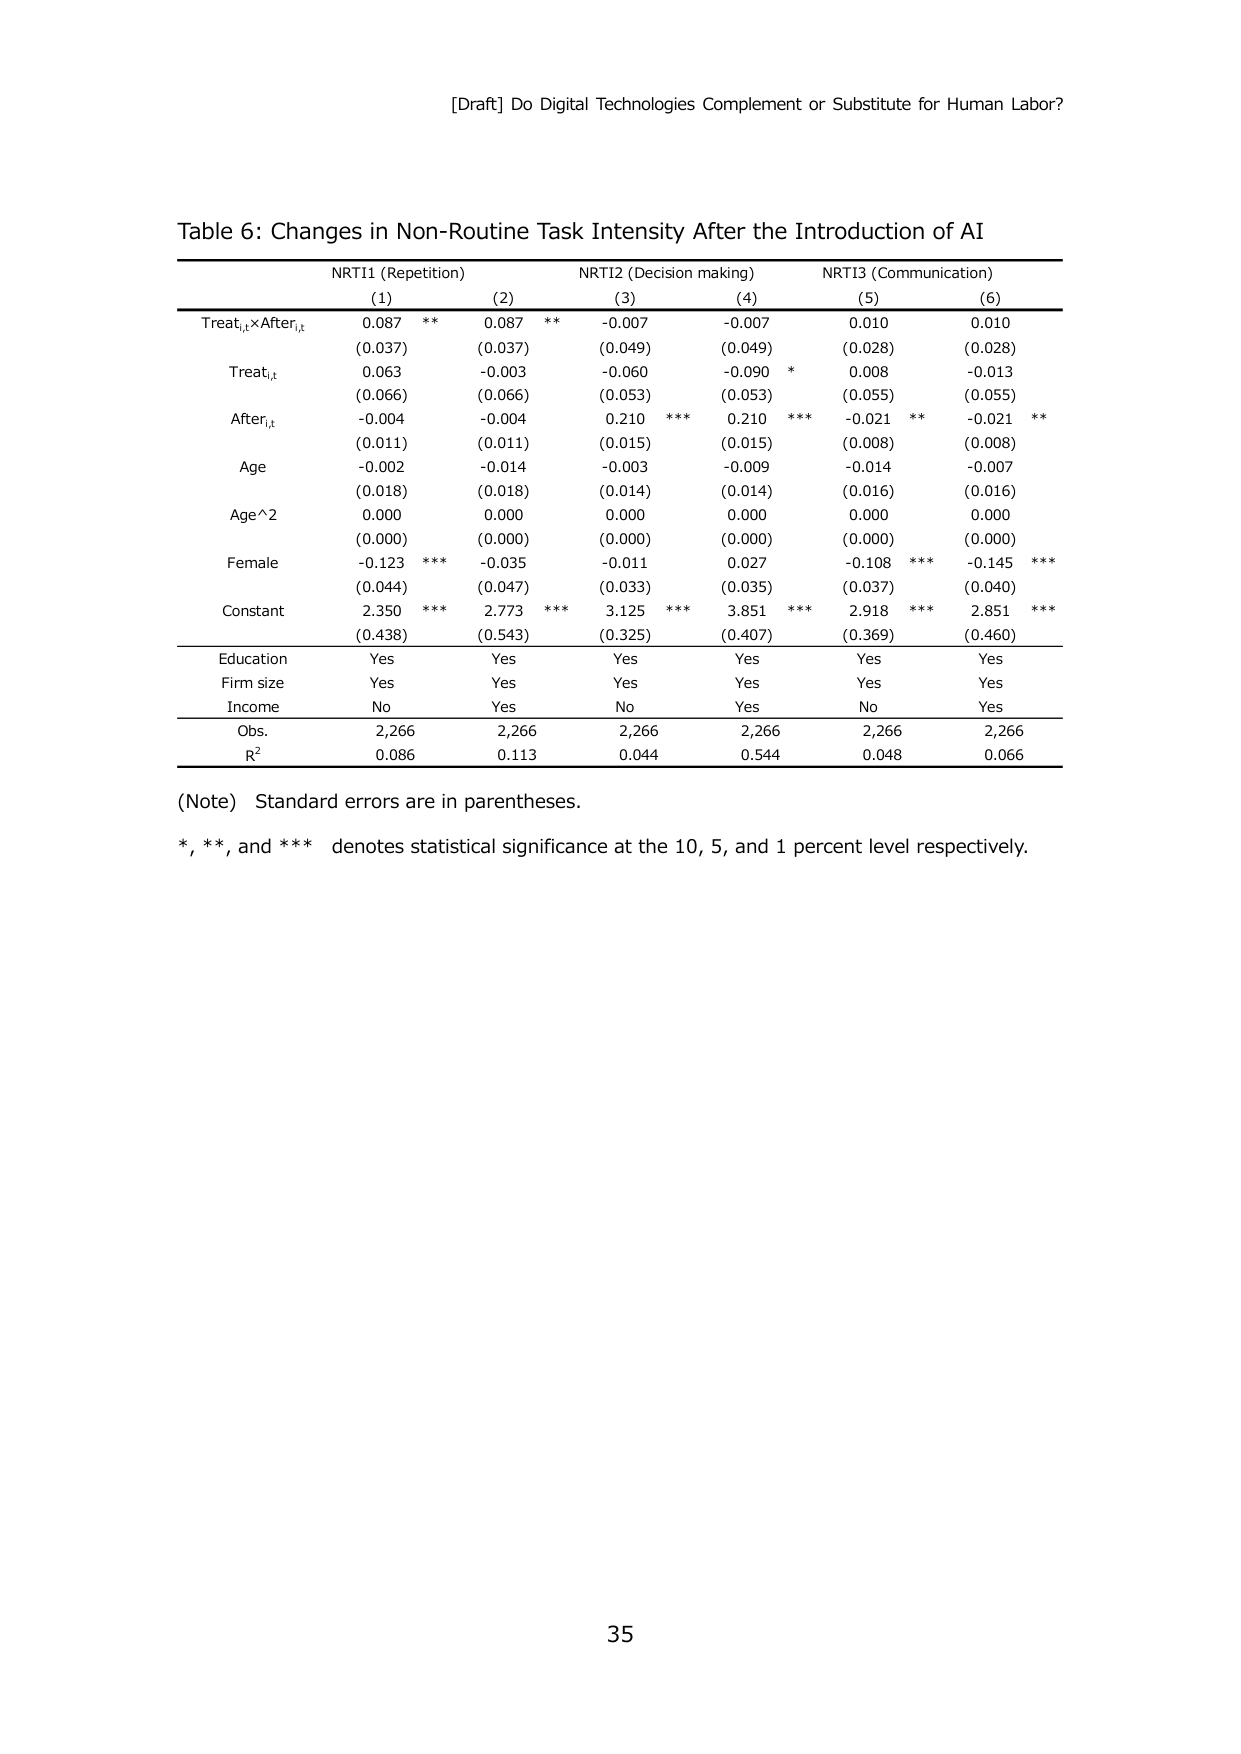
[Draft] Do Digital Technologies Complement or Substitute for Human Labor?

Table 6: Changes in Non-Routine Task Intensity After the Introduction of AI

NRTI1 (Repetition)          NRTI2 (Decision making)      NRTI3 (Communication)
(1)         (2)         (3)         (4)         (5)         (6)

Treat_i,t × After_i,t     0.087   **    0.087   **    -0.007      -0.007      0.010       0.010
                        (0.037)         (0.037)         (0.049)         (0.049)         (0.028)         (0.028)

Treat_i,t               0.063           -0.003          -0.060          -0.090   *     0.008         -0.013
                        (0.066)         (0.066)         (0.053)         (0.053)         (0.055)         (0.055)

After_i,t               -0.004          -0.004          0.210   ***     0.210   ***    -0.021   **    -0.021   **
                        (0.011)         (0.011)         (0.015)         (0.015)         (0.008)         (0.008)

Age                     -0.002          -0.014          -0.003          -0.009          -0.014          -0.007
                        (0.018)         (0.018)         (0.014)         (0.014)         (0.016)         (0.016)

Age^2                   0.000           0.000           0.000           0.000           0.000           0.000
                        (0.000)         (0.000)         (0.000)         (0.000)         (0.000)         (0.000)

Female                  -0.123   ***    -0.035          -0.011          0.027           -0.108   ***   -0.145   ***
                        (0.044)         (0.047)         (0.033)         (0.035)         (0.037)         (0.040)

Constant                2.350   ***    2.773   ***    3.125   ***    3.851   ***    2.918   ***    2.851   ***
                        (0.438)         (0.543)         (0.325)         (0.407)         (0.369)         (0.460)

Education               Yes             Yes             Yes             Yes             Yes             Yes
Firm size               Yes             Yes             Yes             Yes             Yes             Yes
Income                  No              Yes             No              Yes             No              Yes

Obs.                    2,266           2,266           2,266           2,266           2,266           2,266
R²                      0.086           0.113           0.044           0.544           0.048           0.066

(Note) Standard errors are in parentheses.
*, **, and *** denotes statistical significance at the 10, 5, and 1 percent level respectively.

35